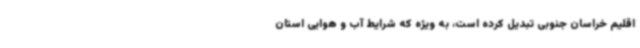
اقلیم خراسان جنوبی تبدیل کرده است، به ویژه که شرایط آب و هوایی استان